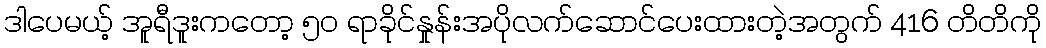
ဒါပေမယ့် အူရီဒူးကတော့ ၅၀ ရာခိုင်နှုန်းအပိုလက်ဆောင်ပေးထားတဲ့အတွက် 416 တိတိကို